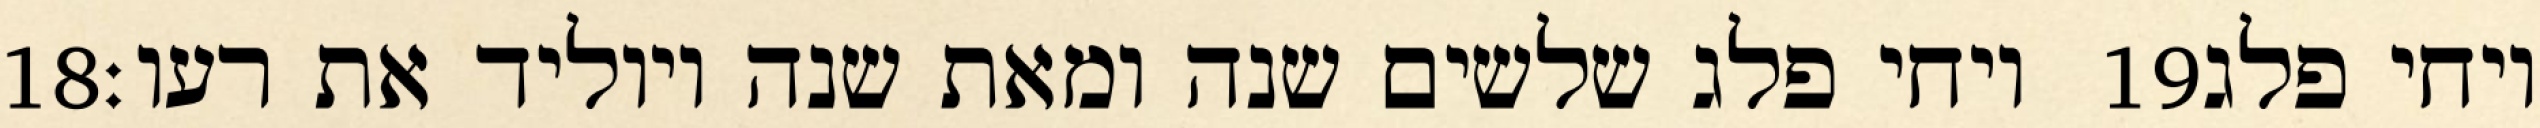
‎18‏ ויחי פלג שלשים שנה ומאת שנה ויוליד את רעו׃ ‎19‏ ויחי פלג